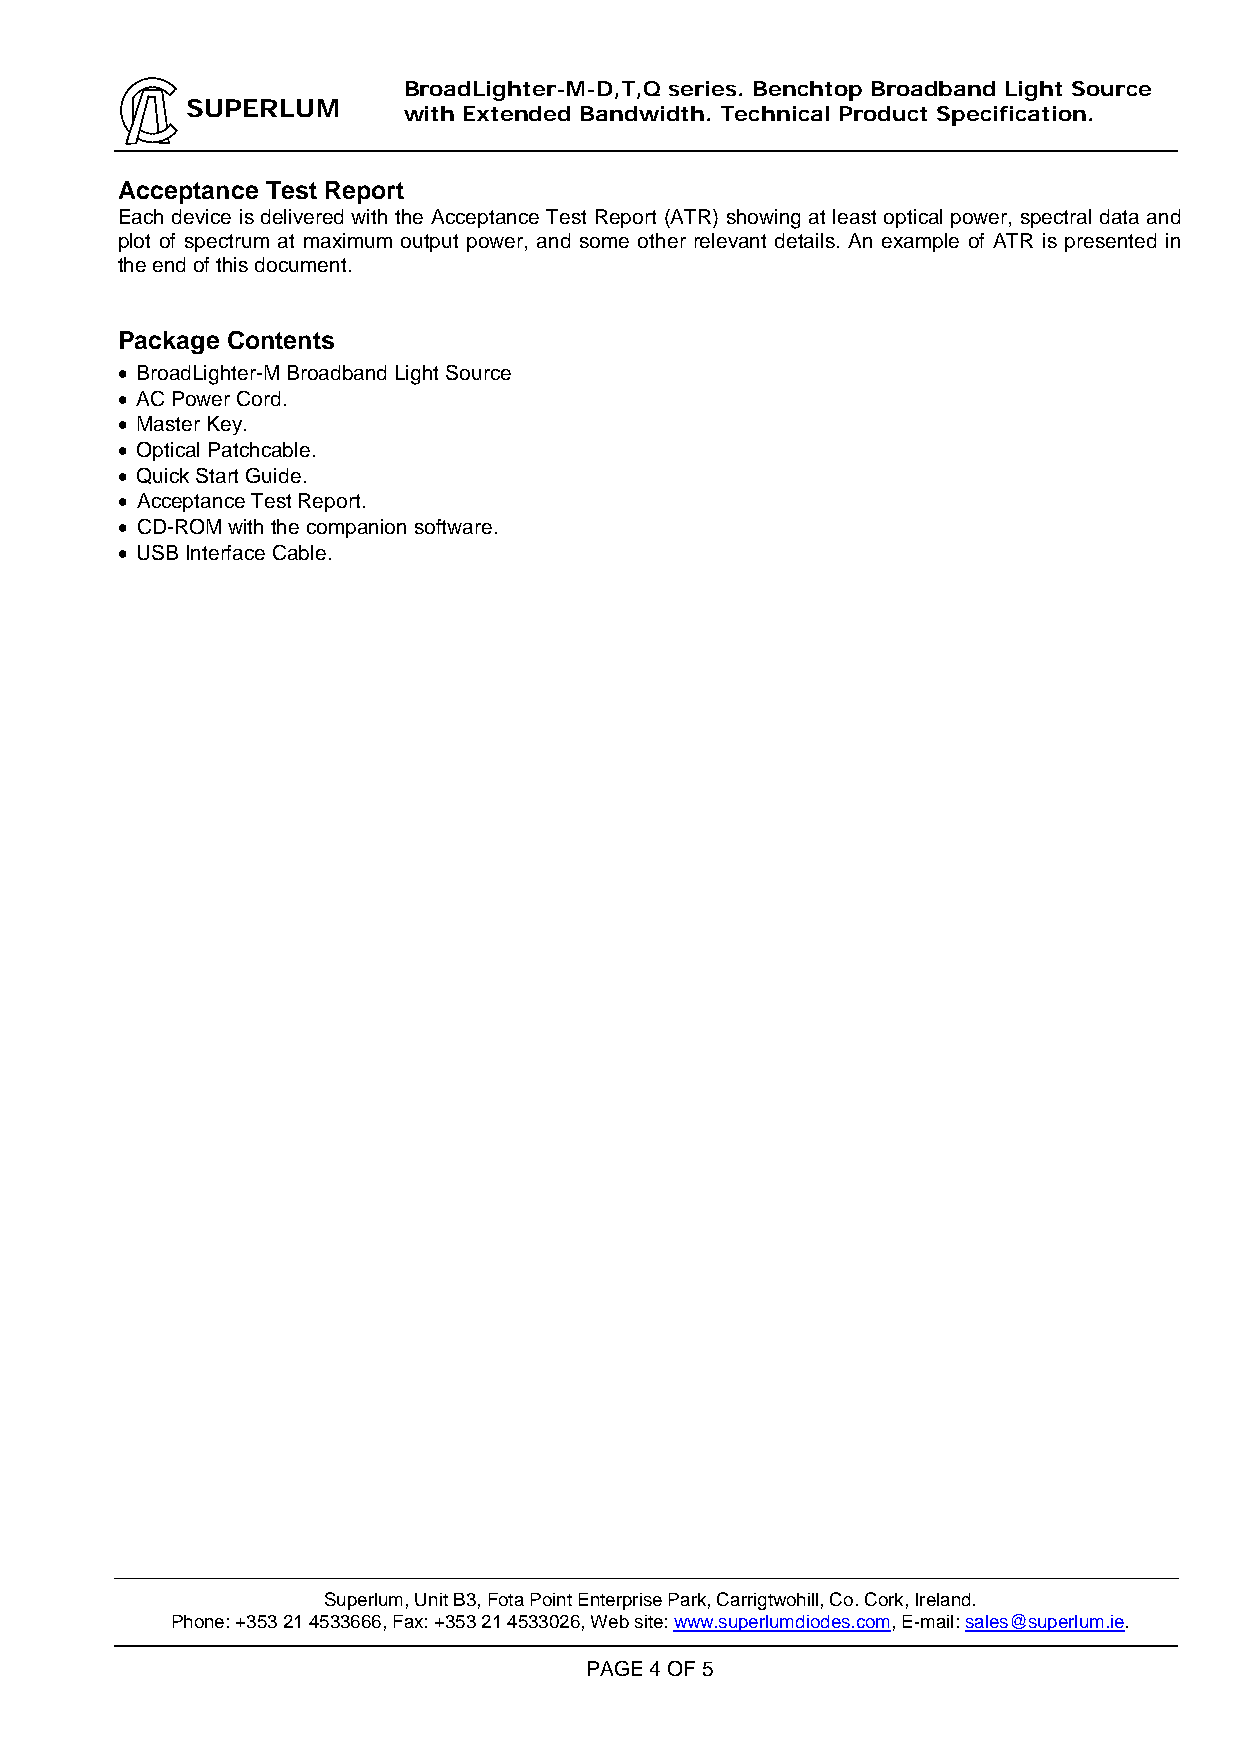
BroadLighter-M-D,T,Q series. Benchtop Broadband Light Source
 SUPERLUM
 with Extended Bandwidth. Technical Product Specification.
 Acceptance Test Report
 Each device is delivered with the Acceptance Test Report (ATR) showing at least optical power, spectral data and
 plot of spectrum at maximum output power, and some other relevant details. An example of ATR is presented in
 the end of this document.
 Package Contents
  BroadLighter-M Broadband Light Source
  AC Power Cord.
  Master Key.
  Optical Patchcable.
  Quick Start Guide.
  Acceptance Test Report.
  CD-ROM with the companion software.
  USB Interface Cable.
 Superlum, Unit B3, Fota Point Enterprise Park, Carrigtwohill, Co. Cork, Ireland.
 Phone: +353 21 4533666, Fax: +353 21 4533026, Web site: www.superlumdiodes.com, E-mail: sales@superlum.ie.
 PAGE 4 OF 5